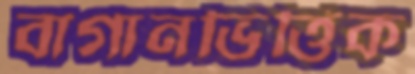
বাগানভিত্তিক